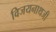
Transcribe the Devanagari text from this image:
विजयनाथजी